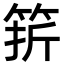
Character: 䇽